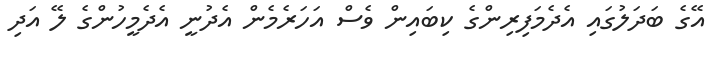
އޭގެ ބަދަލުގައި އެދެމަފިރިންގެ ކިބައިން ވެސް އަހަރެމެން އެދުނީ އެދެމީހުންގެ ލޭ އަދި